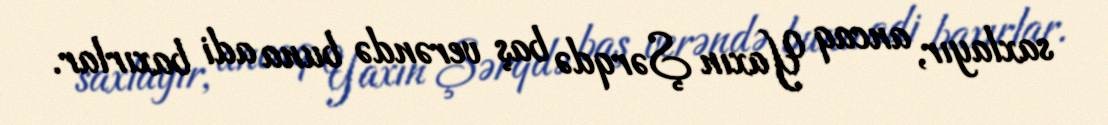
saxlayır, ancaq Yaxın Şərqdə baş verəndə buna adi baxırlar.